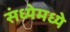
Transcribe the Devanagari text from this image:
संध्येमध्ये